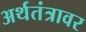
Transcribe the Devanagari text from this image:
अर्थतंत्रावर